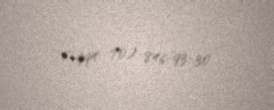
(+994 70) 846-93-30